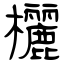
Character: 欐